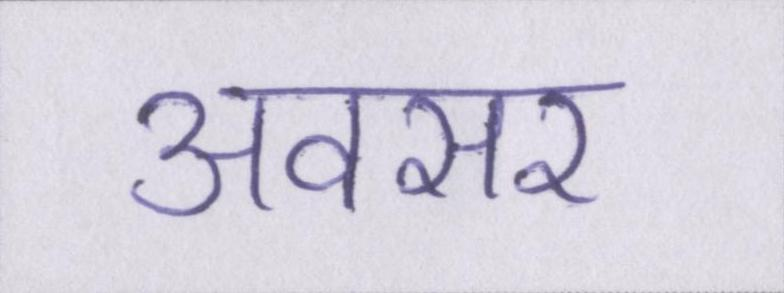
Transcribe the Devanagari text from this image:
अवसर